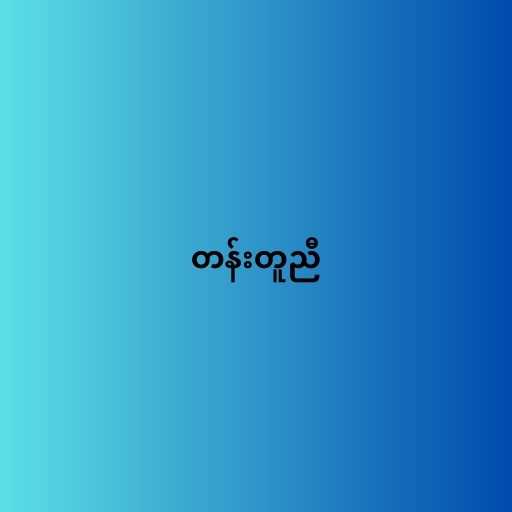
တန်းတူညီ